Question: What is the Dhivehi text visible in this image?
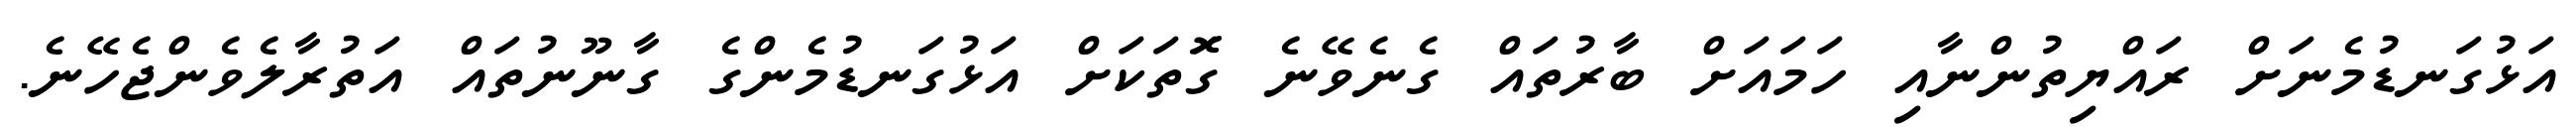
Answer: އަޅުގަނޑުމެނަށް ރައްޔިތުންނާއި ހަމައަށް ބާރުތައް ގެނެވޭނެ ގޮަތަކަށް އަޅުގަނޑުމެންގެ ގާނޫނުތައް އަތުރާލެވެންޖެހޭނެ.